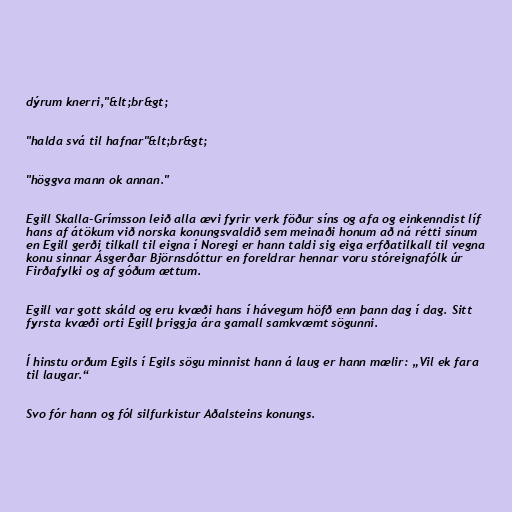
dýrum knerri,"&lt;br&gt;

"halda svá til hafnar"&lt;br&gt;

"höggva mann ok annan."

Egill Skalla-Grímsson leið alla ævi fyrir verk föður síns og afa og einkenndist líf
hans af átökum við norska konungsvaldið sem meinaði honum að ná rétti sínum
en Egill gerði tilkall til eigna í Noregi er hann taldi sig eiga erfðatilkall til vegna
konu sinnar Ásgerðar Björnsdóttur en foreldrar hennar voru stóreignafólk úr
Firðafylki og af góðum ættum.

Egill var gott skáld og eru kvæði hans í hávegum höfð enn þann dag í dag. Sitt
fyrsta kvæði orti Egill þriggja ára gamall samkvæmt sögunni.

Í hinstu orðum Egils í Egils sögu minnist hann á laug er hann mælir: „Vil ek fara
til laugar.“

Svo fór hann og fól silfurkistur Aðalsteins konungs.